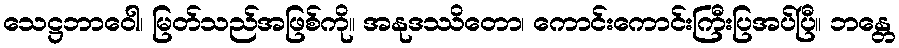
သေဋ္ဌဘာဝေါ၊ မြတ်သည်အဖြစ်ကို။ အနုဒဿိတော၊ ကောင်းကောင်းကြီးပြအပ်ပြီ။ ဘန္တေ